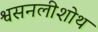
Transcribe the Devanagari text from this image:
श्वसनलीशोथ